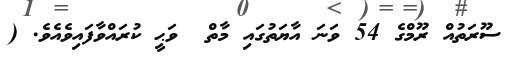
ސޫރަތުއް ރޫމްގެ 54 ވަނަ އާޔަތުގައި މާތް  ވަޙީ ކުރައްވާފައިވެއެވެ. (